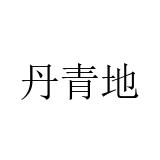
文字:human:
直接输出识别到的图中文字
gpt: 丹青地